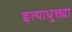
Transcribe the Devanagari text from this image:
इत्याधुक्त्या